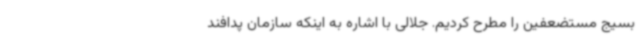
بسیج مستضعفین را مطرح کردیم. جلالی با اشاره به اینکه سازمان پدافند